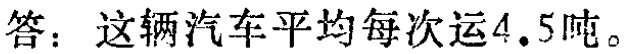
答：这辆汽车平均每次运\(4.5\)吨。